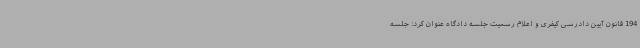
194 قانون آیین دادرسی کیفری و اعلام رسمیت جلسه دادگاه عنوان کرد: جلسه